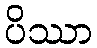
ပိဿာ